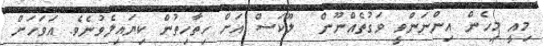
މިއީ މިހެން އިންނަންވީ ވަގުތެއްނޫން  ލޫކަސް އަށް ހިތާހިތުން ކިޔައިލެވުނެވެ. އަވަހަށް